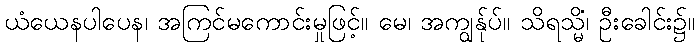
ယံယေနပါပေန၊ အကြင်မကောင်းမှုဖြင့်။ မေ၊ အကျွန်ုပ်။ သိရသ္မိံ၊ ဦးခေါင်း၌။